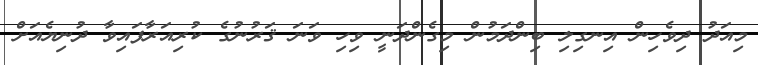
މިއަދު ދިވެހިން އިނގިލި ބިންދަމުން މިގެންދަނީ ވިހި ވަނަ ޤަރުނުގެ ކުރިއަރާފައިވާ ދުނިޔެއަށް